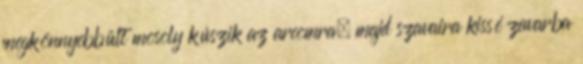
megkönnyebbült mosoly kúszik az arcomra, majd szavaira kissé zavarba